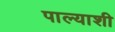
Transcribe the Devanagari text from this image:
पाल्याशी